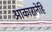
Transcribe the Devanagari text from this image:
आकारानेहि